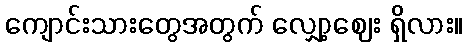
ကျောင်းသားတွေအတွက် လျှော့ဈေး ရှိလား။